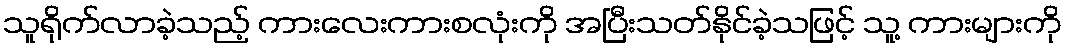
သူရိုက်လာခဲ့သည့် ကားလေးကားစလုံးကို အပြီးသတ်နိုင်ခဲ့သဖြင့် သူ့ ကားများကို